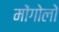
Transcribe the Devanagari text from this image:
मोंगोलो